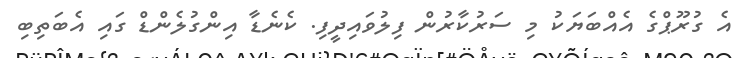
އެ ގުރޫޕްގެ އެއްބަޔަކު މި ސަރުކާރުން ފިލުވައިދީފި. ކެނެޑާ އިންގުލެންޑް ގައި އެބަތިބި